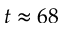
t \approx 6 8